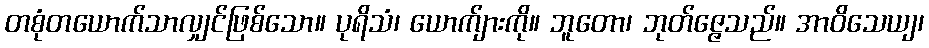
တစုံတယောက်သာလျှင်ဖြစ်သော။ ပုရိသံ၊ ယောက်ျားကို။ ဘူတော၊ ဘုတ်ဇ္ဇေသည်။ အာဝိသေယျ၊